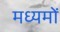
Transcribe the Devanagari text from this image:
मध्यमों